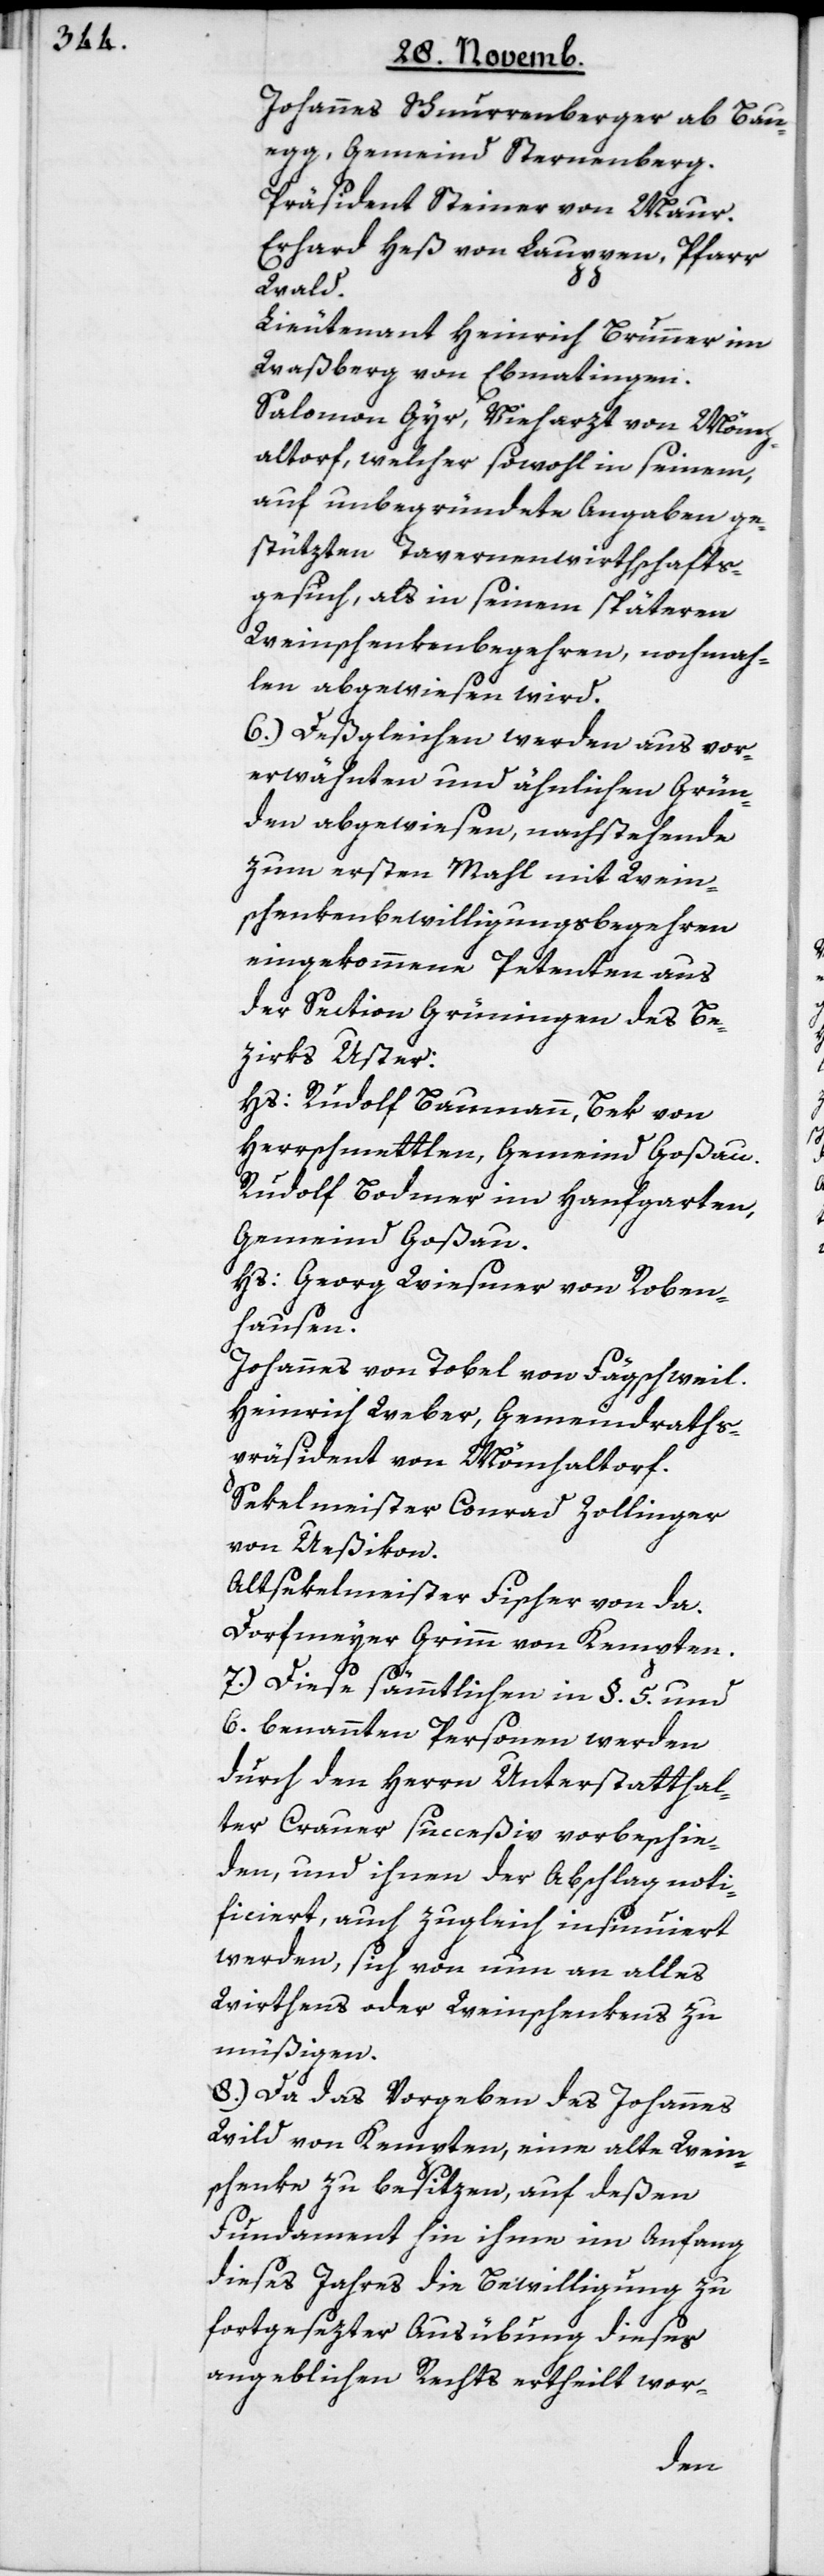
Johannes Schnurrenberger ab Bau¬
egg, Gemeind Sternenberg.
Präsident Steiner von Maur.
Erhard Heß von Lauppen, Pfarr
Wald.
Lieutenant Henrich Brunner im
Waßberg von Ebmatingen.
Salomon Gyr, Vieharzt von Mönch¬
altorf, welcher sowohl in seinem,
auf unbegründete Angaben ge¬
stützten Tavernenwirthschafts¬
gesuch, als in seinem späteren
Weinschenkenbegehren, nochmah¬
len abgewiesen wird.
6.) Deßgleichen werden aus vor¬
erwähnten und ähnlichen Grün¬
den abgewiesen, nachstehende
zum ersten Mahl mit Wein¬
schenkenbewilligungsbegehren
eingekommene Petenten aus
der Section Grüningen des Be¬
zirks Uster:
Hs. Rudolf Baumann, Bek von
Herschmettlen, Gemeind Goßau.
Rudolf Bodmer im Hanfgarten,
Gemeind Goßau.
Hs. Georg Wiesmer von Roben¬
hausen.
Johannes von Tobel von Fägschweil.
Heinrich Weber, Gemeindraths¬
präsident von Mönchaltorf.
Sekelmeister Conrad Zollinger
von Ueßikon.
Altsekelmeister Fischer von da.
Dorfmeyer Grimm von Kempten.
7.) Diese sämmtlichen in §. 5. und
6. benannten Personen werden
durch den Herrn Unterstatthal¬
ter Crauer succeßiv vorbeschie¬
den, und ihnen der Abschlag noti¬
ficiert, auch zugleich insinuiert
werden, sich von nun an alles
Wirthens oder Weinschenkens zu
müßigen.
8.) Da das Vorgeben des Johannes
Wild von Kempten, eine alte Wein¬
schenke zu besitzen, auf deßen
Fundament hin ihme im Anfang
dieses Jahres die Bewilligung zu
fortgesetzter Ausübung dieses
angeblichen Rechts ertheilt wor-